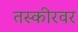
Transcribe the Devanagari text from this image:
तस्कीरवर